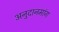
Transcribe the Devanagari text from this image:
अनुदानमांग